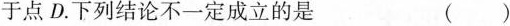
于点D.下列结论不一定成立的是 ()